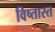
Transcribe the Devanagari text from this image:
विष्तास्त